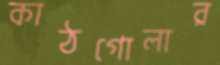
কাঠগোলার